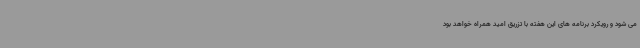
می شود و رویکرد برنامه های این هفته با تزریق امید همراه خواهد بود